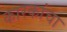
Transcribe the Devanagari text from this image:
कारकांचा